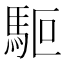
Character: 𩢘